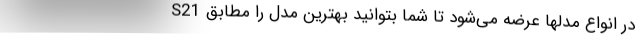
S21 در انواع مدلها عرضه می‌شود تا شما بتوانید بهترین مدل را مطابق